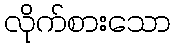
လိုက်စားသော